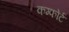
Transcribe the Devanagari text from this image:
कम्फोर्ट